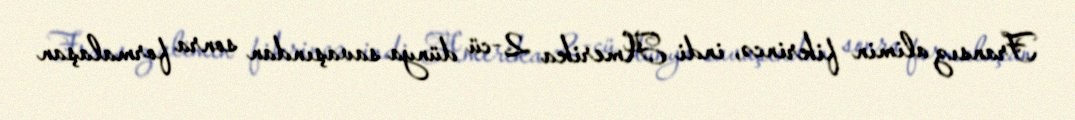
Fransız alimin fikrincə, indi Amerika 2-cü dünya savaşından sonra formalaşan